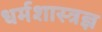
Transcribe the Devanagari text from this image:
धर्मशास्त्रज्ञ